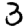
Digit: 3